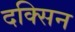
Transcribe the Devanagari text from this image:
दक्सिन